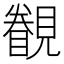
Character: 𲁏